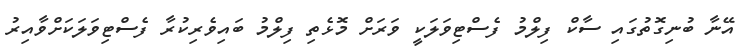
އޭނާ ބުނިގޮތުގައި ސާކް ފިލްމު ފެސްޓިވަލަކީ ވަރަށް މޮޅެތި ފިލްމު ބައިވެރިކުރާ ފެސްޓިވަލަކަށްވާއިރު